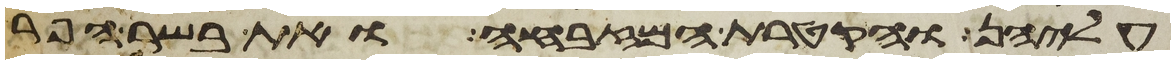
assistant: עליהן והקטרת המזבחה ואת בשר הפר